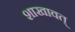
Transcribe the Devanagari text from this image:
शाखावत्